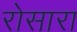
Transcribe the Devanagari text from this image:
रोसारा